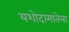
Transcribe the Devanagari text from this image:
यशोदामातेला